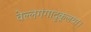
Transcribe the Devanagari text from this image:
वेल्लगंगादुकूलया।